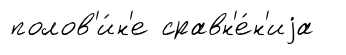
полов'и́н'е сравн'е́н'иjа